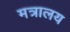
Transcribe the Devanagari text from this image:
मत्रालय